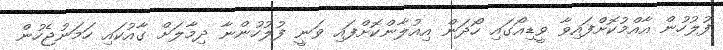
ފުލުހުން އާއްމުކޮށްފައިވާ ވީޑިއޯގައި ހޯދަން އިއުލާންކޮށްފައި ވަނީ ފުލުހުންނާ ދިމާލަށް ގާއުކައި ހަމަނުޖެހުން